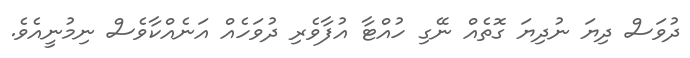
ދުވަސް ދިޔަ ނުދިޔަ ގޮތެއް ނޭގި ހުއްޓާ އުފާވެރި ދުވަހެއް އަނެއްކާވެސް ނިމުނީއެވެ.